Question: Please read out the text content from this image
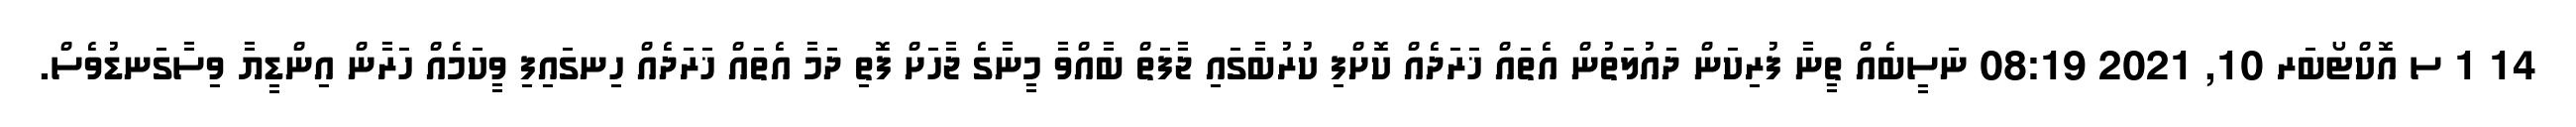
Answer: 14 1 ސ އޮކްޓޯބަރ 10, 2021 08:19 ނަސީބެއް ތީނާ ފުރިކަން ދައުލަތުން އެތައް ޚަރަދެއް ކޮށްފި ކުރުބާގައި ޖާފަތް ބާއްވާ މީނާގެ ޖާހަށް ފޮތި ދަމާ އެތައް ޚަރަދެއް ހިނގައިފި ވީކަމެއް ހަރާން އިންޑީޔާ ވިސާގަނޑުވެސް.